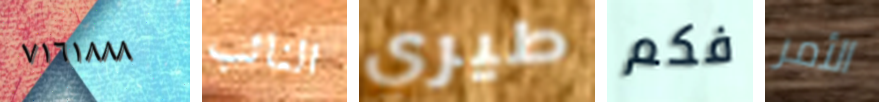
٧١٦١٨٨٨ النائب طيري فكم الأمر